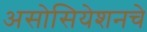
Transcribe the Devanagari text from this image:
असोसियेशनचे